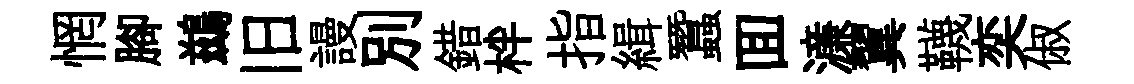
惘腳鷀旧謾別錯柈指緝蠶囬濓翼韈奕俶